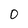
Character: O